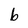
Character: b